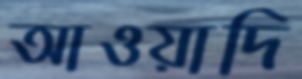
আওয়াদি